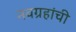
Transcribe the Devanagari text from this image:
नवग्रहांची